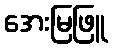
အေးမြဖြူ